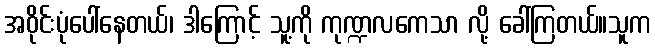
အဝိုင်းပုံပေါ်နေတယ်၊ ဒါကြောင့် သူ့ကို ကုဏ္ဍလကေသာ လို့ ခေါ်ကြတယ်။သူက